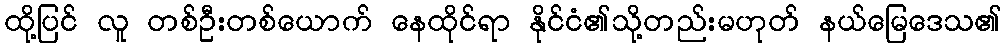
ထို့ပြင် လူ တစ်ဦးတစ်ယောက် နေထိုင်ရာ နိုင်ငံ၏သို့တည်းမဟုတ် နယ်မြေဒေသ၏